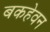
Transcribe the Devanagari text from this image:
बकहेवन